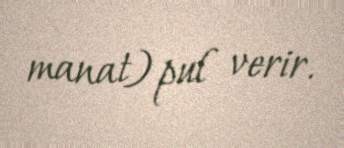
manat) pul verir.